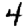
Digit: 4